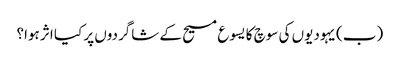
‏ (‏ب)‏ یہودیوں کی سوچ کا یسوع مسیح کے شاگردوں پر کیا اثر ہوا؟